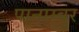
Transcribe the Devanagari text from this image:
पानाम्बुर